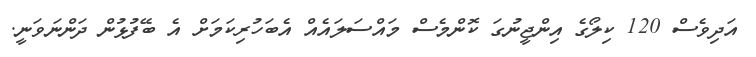
އަދިވެސް 120 ކިލޯގެ އިންޖީނުގަ ކޮންމެސް މައްސަލައެއް އެބަހުރިކަމަށް އެ ބޭފުޅުން ދަންނަވަނީ.